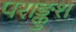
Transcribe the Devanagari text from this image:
पराङ्कुश